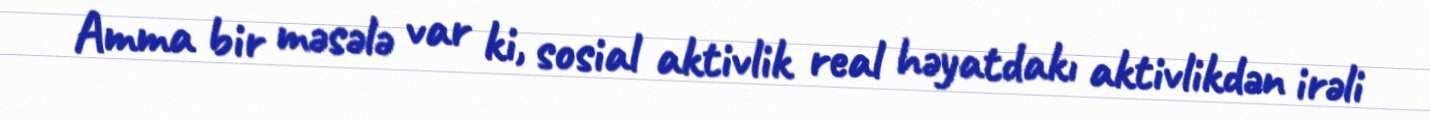
Amma bir məsələ var ki, sosial aktivlik real həyatdakı aktivlikdən irəli